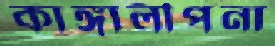
কাঙ্গালীপনা